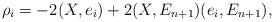
LaTeX: \begin{align*}\rho_{i}=-2(X,e_{i})+2(X,E_{n+1})(e_{i},E_{n+1}),\end{align*}